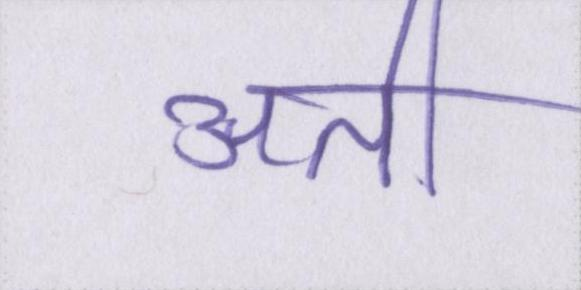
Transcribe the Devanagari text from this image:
अती